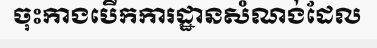
ចុះកាងបើកការដ្ឋានសំណង់ដែល